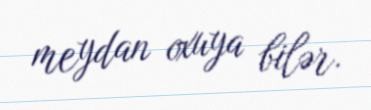
meydan oxuya bilər.